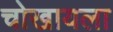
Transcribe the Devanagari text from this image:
चोखायला